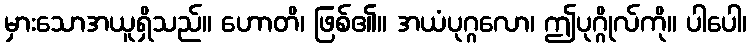
မှားသောအယူရှိသည်။ ဟောတိ၊ ဖြစ်၏။ အယံပုဂ္ဂလော၊ ဤပုဂ္ဂိုလ်ကို။ ပါပေါ၊